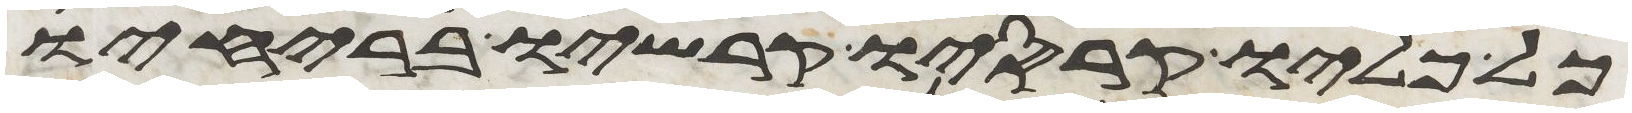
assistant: כל כליו קרסיו קרשיו בריחיו